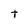
Character: T